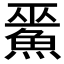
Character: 𲌵